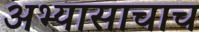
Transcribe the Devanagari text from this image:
अभ्यासाचाच